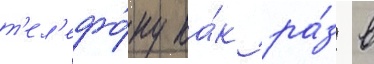
т'ел'ефо́ну ка́к ра́з в